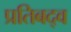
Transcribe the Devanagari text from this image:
प्रतिबद्व